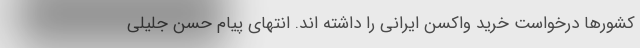
کشورها درخواست خرید واکسن ایرانی را داشته اند. انتهای پیام حسن جلیلی